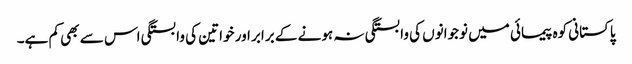
پاکستانی کوہ پیمائی میں نوجوانوں کی وابستگی نہ ہونے کے برابر اور خواتین کی وابستگی اس سے بھی کم ہے۔